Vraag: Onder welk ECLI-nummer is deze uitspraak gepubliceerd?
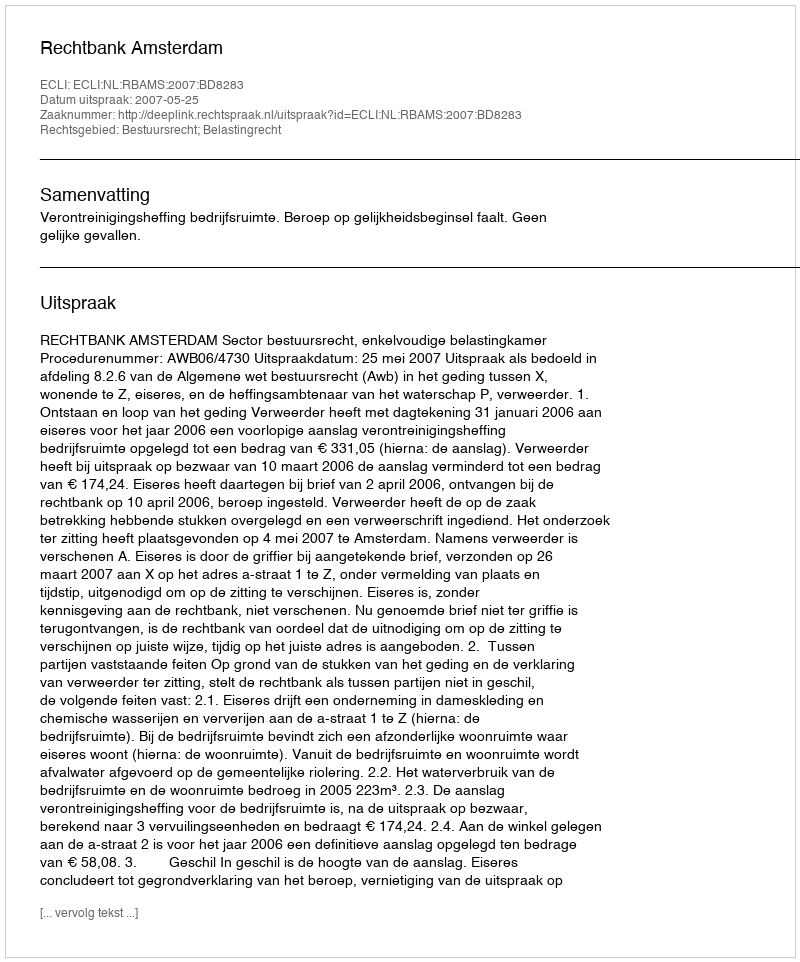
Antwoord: ECLI:NL:RBAMS:2007:BD8283